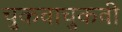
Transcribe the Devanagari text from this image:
चुकवाचुकवी